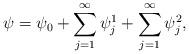
LaTeX: \begin{align*}\psi=\psi_0+\sum_{j=1}^\infty{\psi_j^1}+\sum_{j=1}^\infty{\psi_j^2},\end{align*}